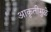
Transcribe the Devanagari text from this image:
आकृतीमुळे